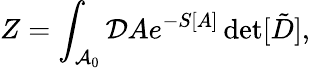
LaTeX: Z=\int_{{\cal A}_{0}}{\cal D}Ae^{-S[A]}\operatorname*{det}[\tilde{D}],